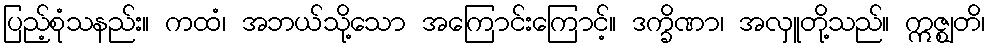
ပြည့်စုံသနည်း။ ကထံ၊ အဘယ်သို့သော အကြောင်းကြောင့်။ ဒက္ခိဏာ၊ အလှူတို့သည်။ ဣဇ္ဈတိ၊